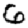
Digit: 6